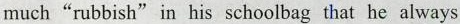
much"rubbish"in his schoolbag that he always